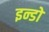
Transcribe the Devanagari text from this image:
इन्डो